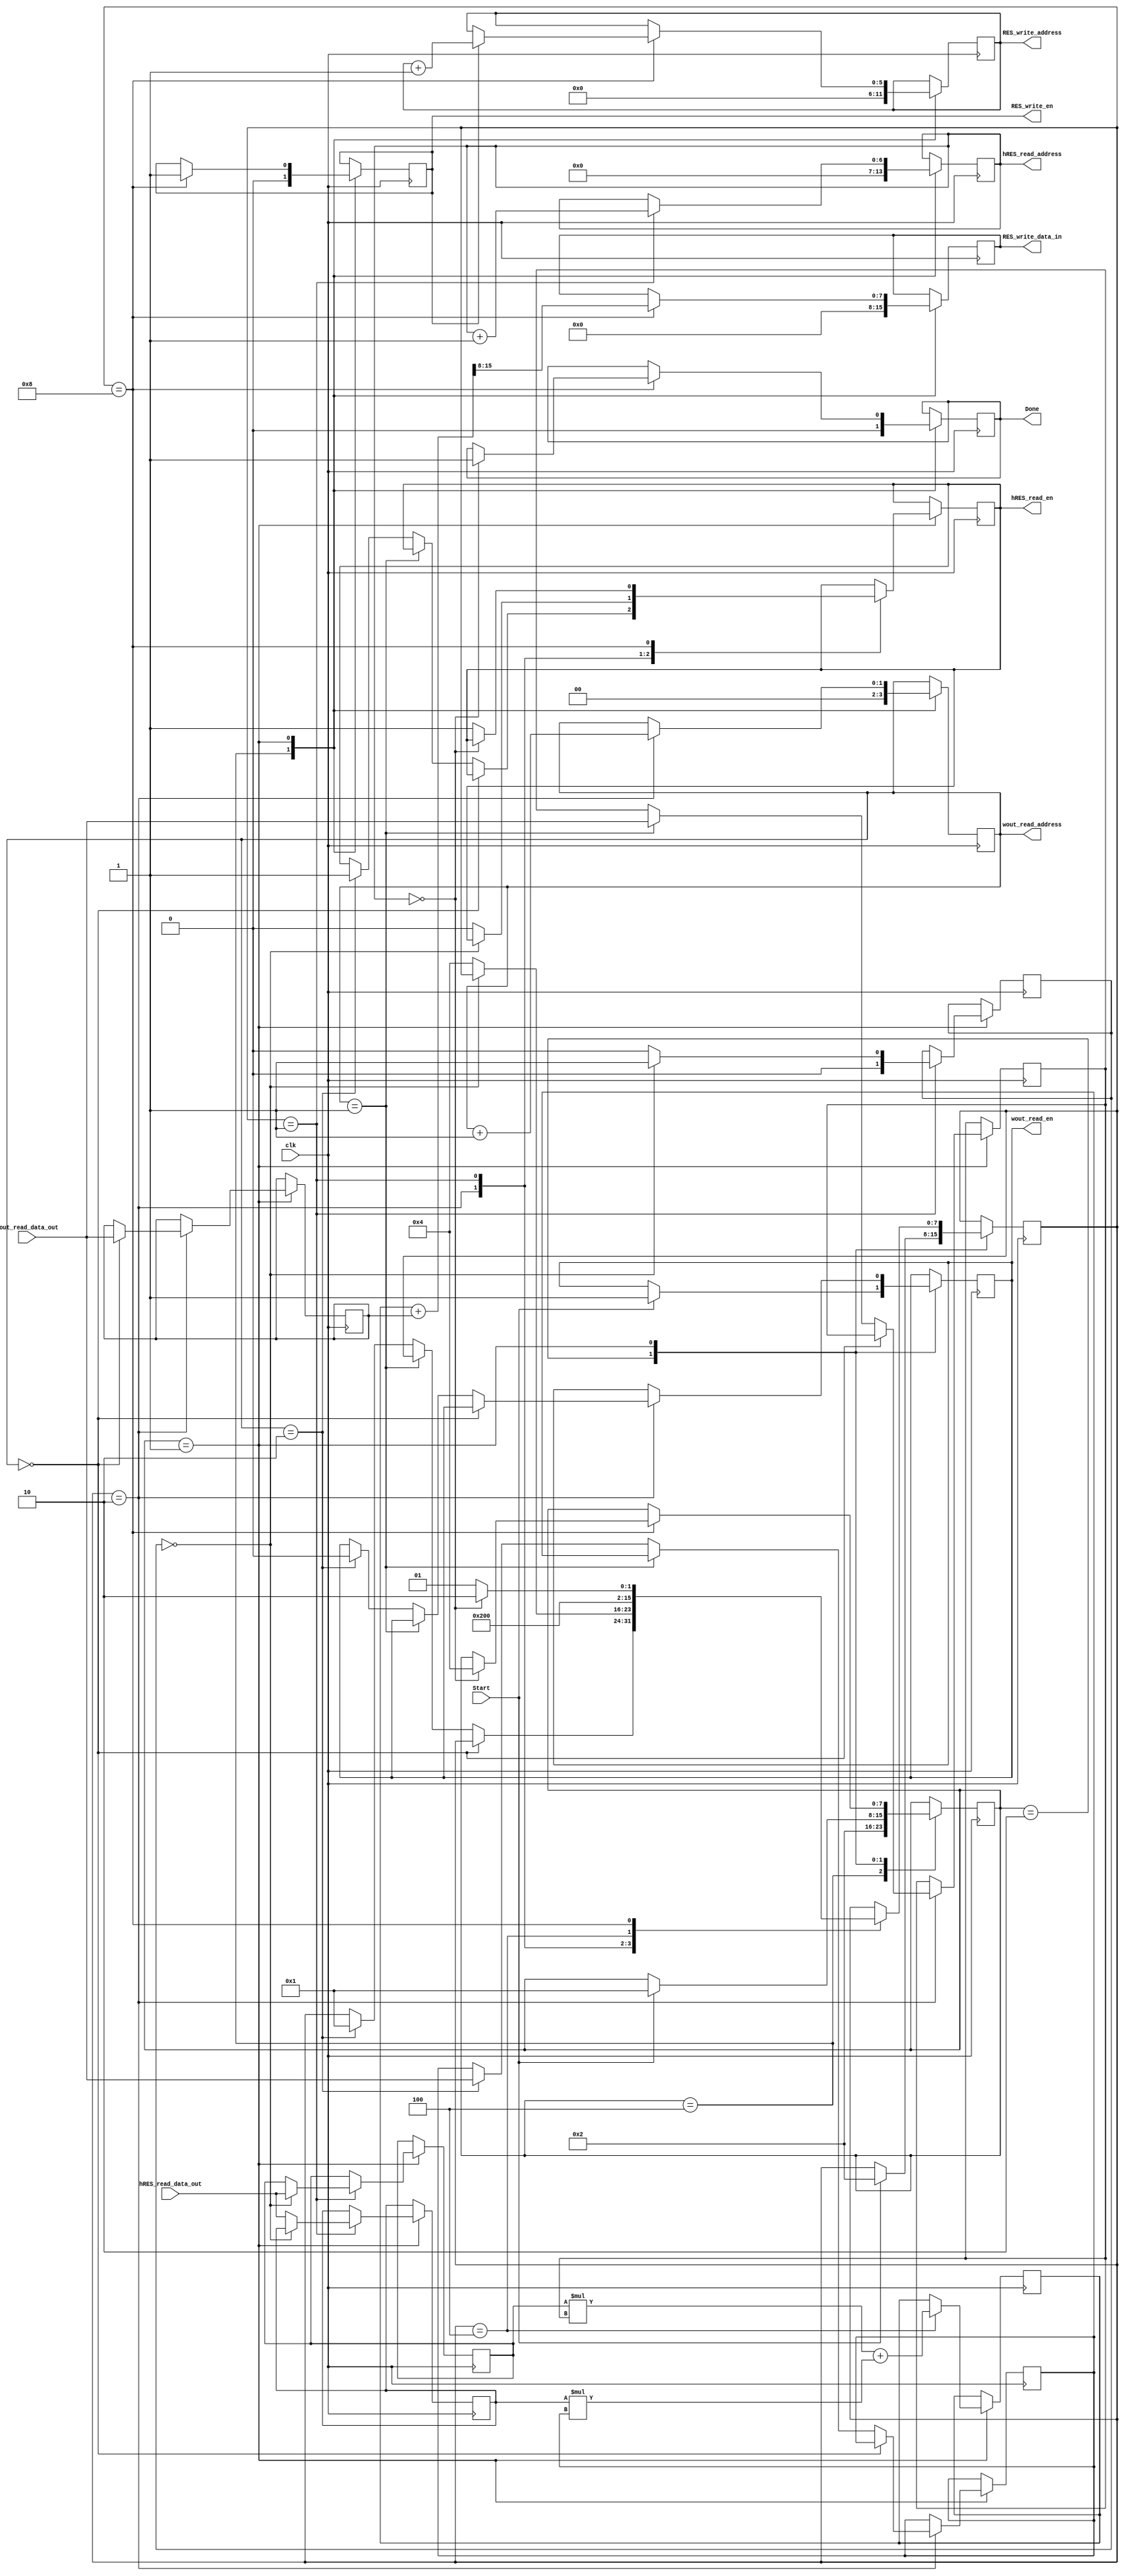
module predictor
	#(	parameter width = 8, 			// width is the number of bits per location
		parameter wout_depth_bits = 2,	// depth is the number of locations (2^number of address bits)
		parameter hRES_depth_bits = 7,
		parameter RES_depth_bits = 6
	) 
	(
		input clk,										
		input Start,
		output reg Done = 0,

		output reg wout_read_en = 0,
		output reg [wout_depth_bits-1:0] wout_read_address,
		input [width-1:0] wout_read_data_out,
		
		output reg hRES_read_en = 0,
		output reg [hRES_depth_bits-1:0] hRES_read_address,
		input [width-1:0] hRES_read_data_out,
			
		output reg RES_write_en, 							
		output reg [RES_depth_bits-1:0] RES_write_address, 	
		output reg [width-1:0] RES_write_data_in 
	);
	
// implement the logic to read X_RAM, whid_RAM, wout_RAM, and sigm_RAM
// do the multiplication of weights and addition of bias
// apply sigmoid function by looking up sigm_RAM, write the results to RES_RAM

//main states
localparam RESET 		= 3'b100;
localparam IDLE 		= 3'b010;
localparam COMPUTE		= 3'b001; // multiply values stored in hRES_RAM (64x2) and values from wout_RAM (2x1 after skipping bias)

//substates
localparam READ_hRES	= 4'b0001;	// read from hRES
localparam READ_wout	= 4'b0010;	// read from wout, including bias (first element)
localparam MULTIPLY  	= 4'b0100;	// multiply A and B
localparam WRITE_RES 	= 4'b1000; 	// write final result to RES_RAM (64x2, 64x1)

reg [15:0] total = 0;
reg [7:0]  state = RESET, substate = READ_wout;
reg [7:0]  A1 = 0, A2 = 0, B1 = 0, B2 = 0;	//multiplication placeholder registers
reg [7:0]  bias1 = 0;	//bias registers
reg [1:0]  neuron_cnt = 0; //flags

always@(negedge clk)
begin
	case (state)
		
		RESET:
			begin
			hRES_read_address <= 0;
			wout_read_address <= 0;
			RES_write_en <= 0;
			RES_write_address <= 0;
			RES_write_data_in <= 0;
			Done <= 0;
			state <= IDLE;
			end
		IDLE:
		begin
			if(Start)
			begin
				wout_read_en <= 1;
				state <= COMPUTE;
				substate <= READ_wout;
			end
		end
		COMPUTE:
		begin
			case (substate)
			
				READ_wout:
				begin
					wout_read_address <= wout_read_address + 1;
					if(wout_read_address == 0)
						bias1 = wout_read_data_out;
					else if(wout_read_address == 1)
						B1 = wout_read_data_out;
					else if(wout_read_address == 2)
					begin
						B2 = wout_read_data_out;
						substate <= READ_hRES;
						hRES_read_en <= 1;
						wout_read_en <= 0;
					end

				end
				
				READ_hRES:
				begin
					hRES_read_address <= hRES_read_address + 1;
					if(neuron_cnt == 0)
					begin
						A1 = hRES_read_data_out;
						neuron_cnt = 1;
					end
					else
					begin
						A2 = hRES_read_data_out;
						neuron_cnt = 0;
						hRES_read_en <= 0;
						substate <= MULTIPLY;
					end
				end
				
				MULTIPLY:
				begin
					total = (A1*B1) + (A2*B2);
					substate <= WRITE_RES;
				end
				
				WRITE_RES:
				begin
					RES_write_en <= 1;
					if(RES_write_en != 0)
						RES_write_address <= RES_write_address + 1;
					RES_write_data_in = (total + bias1)>>8;
					if(hRES_read_address == 0)
					begin
						Done <= 1;
						state <= RESET;
						substate <= READ_wout;
					end
					else
					begin
						hRES_read_en <= 1;
						substate <= READ_hRES;
					end
				end
			endcase
		end
	endcase
end
endmodule